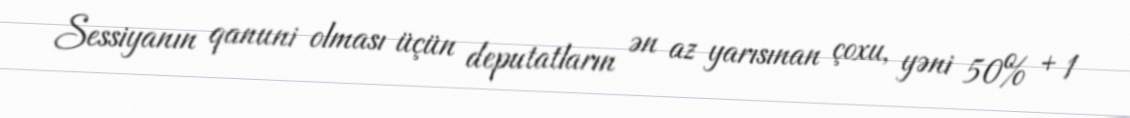
Sessiyanın qanuni olması üçün deputatların ən az yarısınan çoxu, yəni 50% + 1